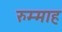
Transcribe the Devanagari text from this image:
रुम्माह